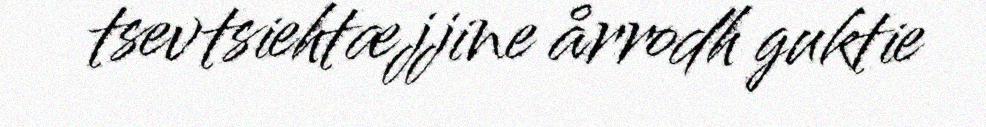
tsevtsiehtæjjine årrodh guktie